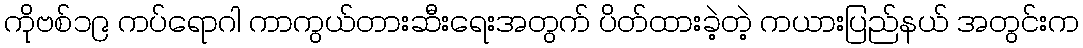
ကိုဗစ်၁၉ ကပ်ရောဂါ ကာကွယ်တားဆီးရေးအတွက် ပိတ်ထားခဲ့တဲ့ ကယားပြည်နယ် အတွင်းက